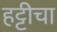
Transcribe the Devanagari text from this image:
हट्टीचा